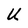
Character: U